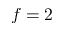
f = 2